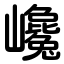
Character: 巉